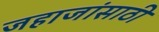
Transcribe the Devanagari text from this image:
जहाजांसाठी